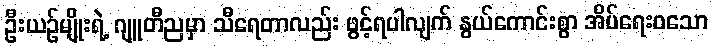
ဦးယဉ်မျိုးရဲ့ ဂျူတီညမှာ သီရေတာလည်း ဖွင့်ရပါလျက် နွယ်ကောင်းစွာ အိပ်ရေးဝသော